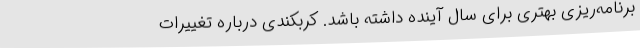
برنامه‌ریزی بهتری برای سال آینده داشته باشد. کربکندی درباره تغییرات